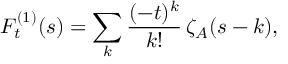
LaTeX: F _ { t } ^ { ( 1 ) } ( s ) = \sum _ { k } \frac { ( - t ) ^ { k } } { k ! } \, \zeta _ { A } ( s - k ) ,